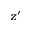
z ^ { \prime }